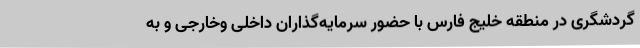
گردشگری در منطقه خلیج فارس با حضور سرمایه‌گذاران داخلی وخارجی و به